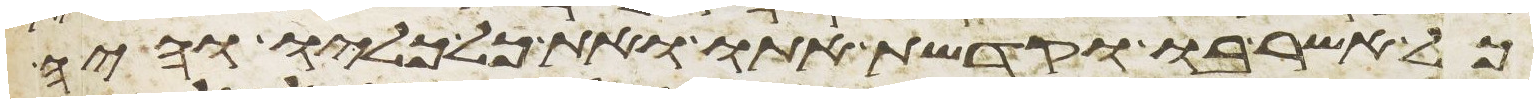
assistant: כל אשר בו וקדשת אתו ואת כל כליו והיה